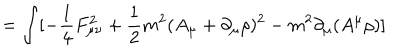
= \int [ - \frac { 1 } { 4 } F _ { \mu \nu } ^ { 2 } + \frac { 1 } { 2 } m ^ { 2 } ( A _ { \mu } + \partial _ { \mu } \rho ) ^ { 2 } - m ^ { 2 } \partial _ { \mu } ( A ^ { \mu } \rho ) ]